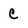
Character: c